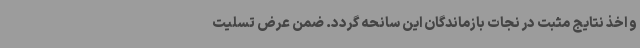
و اخذ نتایج مثبت در نجات بازماندگان این سانحه گردد. ضمن عرض تسلیت